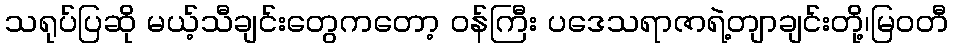
သရုပ်ပြဆို မယ့်သီချင်းတွေကတော့ ဝန်ကြီး ပဒေသရာဇာရဲ့တျာချင်းတို့၊မြဝတီ